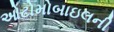
ઓટોમોબાઇલની